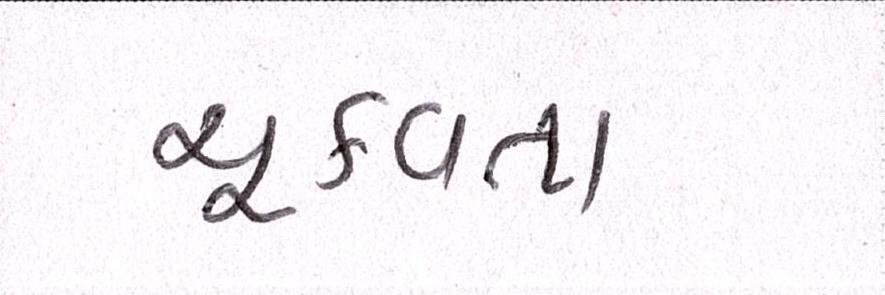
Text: ચૂકવતા